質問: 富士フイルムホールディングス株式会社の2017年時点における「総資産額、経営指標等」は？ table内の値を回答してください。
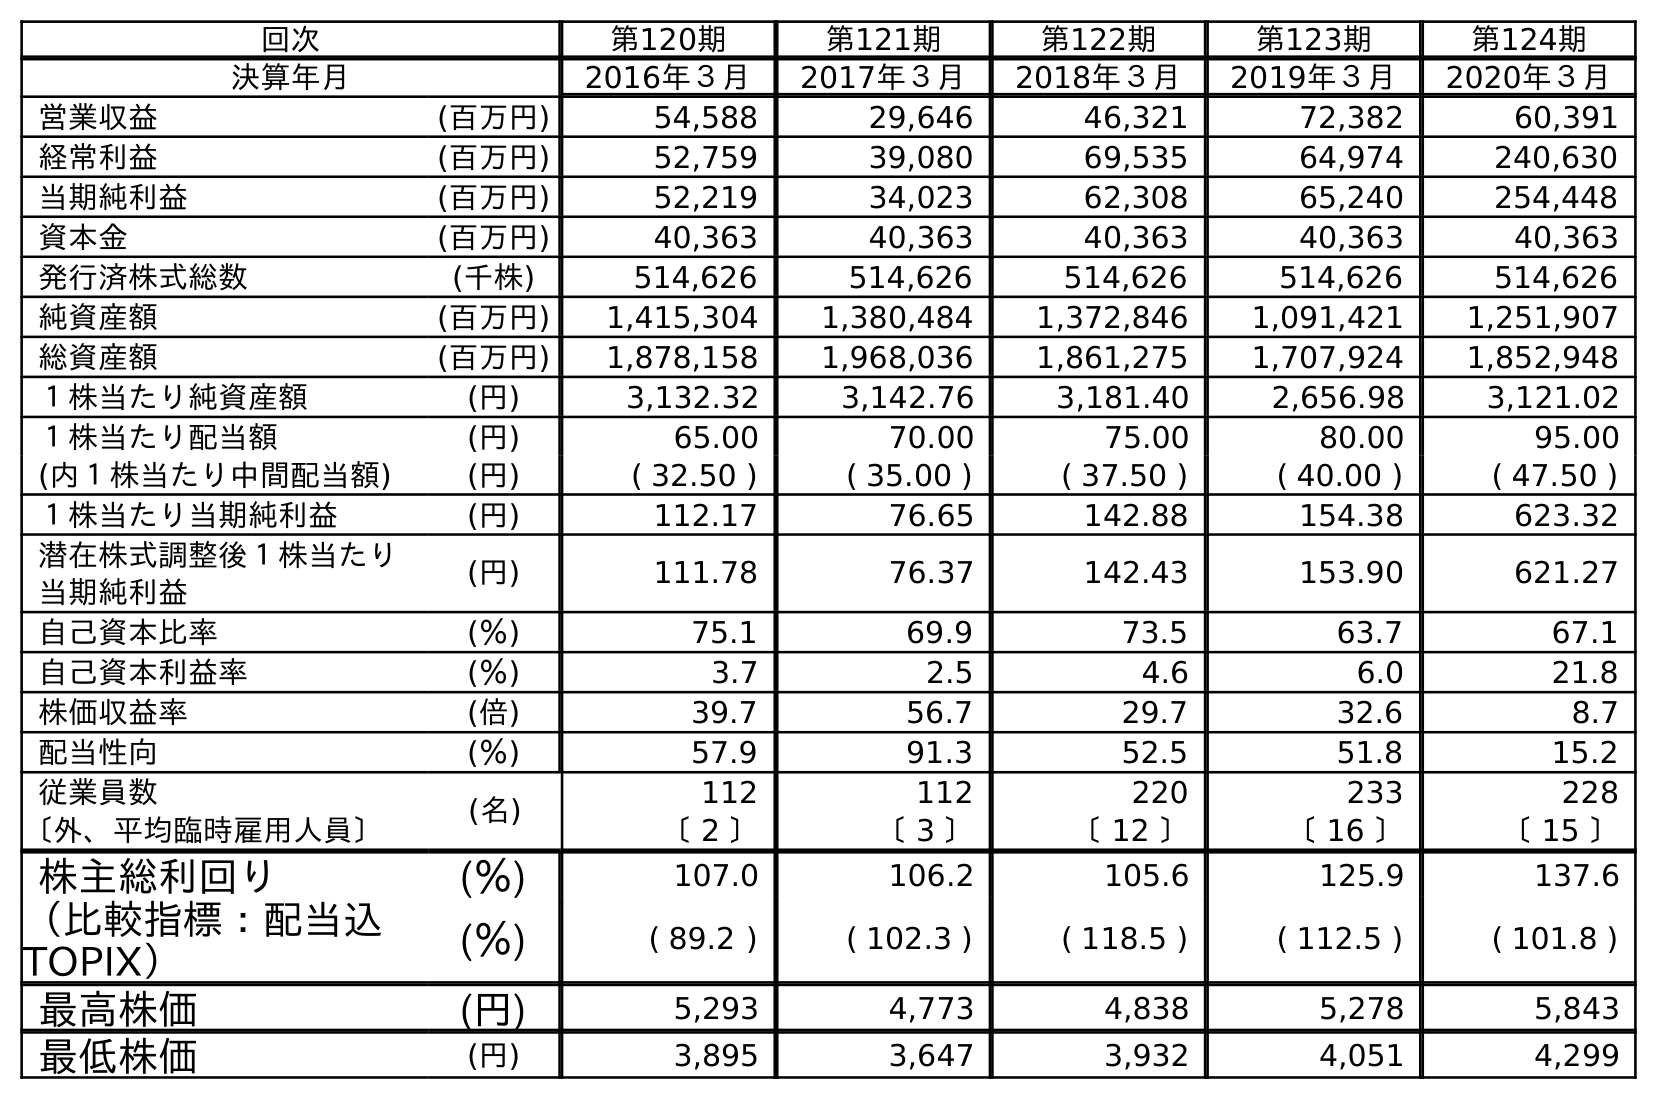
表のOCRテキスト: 回次 第120期 第121期 第122期 第123期 第124期 決算年月 2016年３月 2017年３月 2018年３月 2019年３月 2020年３月 営業収益 (百万円) 54,588 29,646 46,321 72,382 60,391 経常利益 (百万円) 52,759 39,080 69,535 64,974 240,630 当期純利益 (百万円) 52,219 34,023 62,308 65,240 254,448 資本金 (百万円) 40,363 40,363 40,363 40,363 40,363 発行済株式総数 (千株) 514,626 514,626 514,626 514,626 514,626 純資産額 (百万円) 1,415,304 1,380,484 1,372,846 1,091,421 1,251,907 総資産額 (百万円) 1,878,158 1,968,036 1,861,275 1,707,924 1,852,948 １株当たり純資産額 (円) 3,132.32 3,142.76 3,181.40 2,656.98 3,121.02 １株当たり配当額 (円) 65.00 70.00 75.00 80.00 95.00 (内１株当たり中間配当額) (円) ( 32.50 ) ( 35.00 ) ( 37.50 ) ( 40.00 ) ( 47.50 ) １株当たり当期純利益 (円) 112.17 76.65 142.88 154.38 623.32 潜在株式調整後１株当たり 当期純利益 (円) 111.78 76.37 142.43 153.90 621.27 自己資本比率 (％) 75.1 69.9 73.5 63.7 67.1 自己資本利益率 (％) 3.7 2.5 4.6 6.0 21.8 株価収益率 (倍) 39.7 56.7 29.7 32.6 8.7 配当性向 (％) 57.9 91.3 52.5 51.8 15.2 従業員数 (名) 112 112 220 233 228 〔外、平均臨時雇用人員〕 〔 2 〕 〔 3 〕 〔 12 〕 〔 16 〕 〔 15 〕 株主総利回り (％) 107.0 106.2 105.6 125.9 137.6 （比較指標：配当込 TOPIX） (％) ( 89.2 ) ( 102.3 ) ( 118.5 ) ( 112.5 ) ( 101.8 ) 最高株価 (円) 5,293 4,773 4,838 5,278 5,843 最低株価 (円) 3,895 3,647 3,932 4,051 4,299
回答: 1,968,036